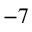
^ { - 7 }